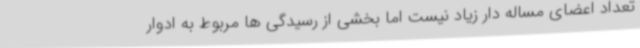
تعداد اعضای مساله دار زیاد نیست اما بخشی از رسیدگی ها مربوط به ادوار